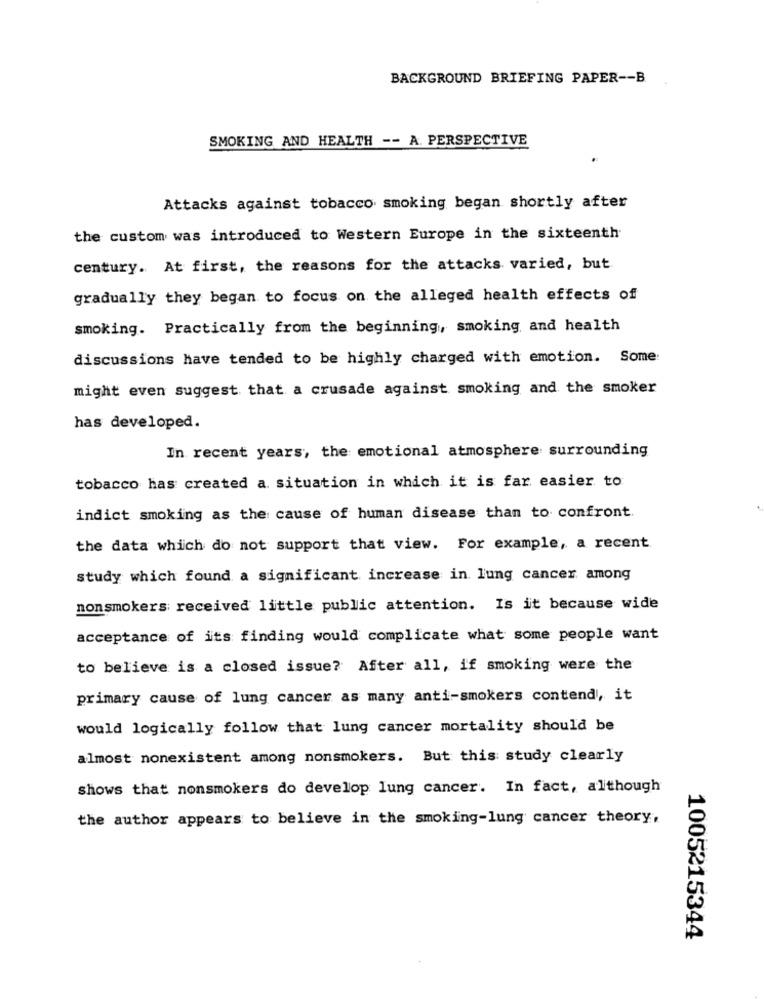
BACKGROUND BRIEFING PAPER -- B
SMOKING AND HEALTH -- A. PERSPECTIVE
Attacks against tobacco smoking began shortly after
the custom was introduced to Western Europe in the sixteenth
century. At first, the reasons for the attacks varied, but
gradually they began to focus on the alleged health effects of
smoking. Practically from the beginning, smoking, and health
discussions have tended to be highly charged with emotion. Some:
might even suggest that a crusade against smoking and the smoker
has developed.
In recent years, the emotional atmosphere surrounding
tobacco has created a. situation in which it is far easier to
indict smoking as the cause of human disease than to confront.
the data which do not support that view. For example, a recent
study which found a significant increase in lung cancer among
nonsmokers received little public attention. Is it because wide
acceptance of its finding would complicate what some people want
to believe is a closed issue? After all, if smoking were the
primary cause of lung cancer as many anti-smokers contend, it
would logically follow that lung cancer mortality should be
almost nonexistent among nonsmokers. But this study clearly
shows that nonsmokers do develop lung cancer. In fact, although
the author appears to believe in the smoking-lung cancer theory,
1005215344